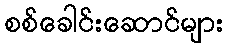
စစ်ခေါင်းဆောင်များ